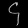
Digit: ၄